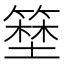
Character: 𱸜